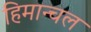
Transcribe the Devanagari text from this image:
हिमान्चल